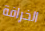
الخرافة